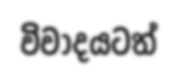
විවාදයටත්